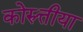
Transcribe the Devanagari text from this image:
कोरुत्तीया